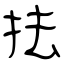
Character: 抾